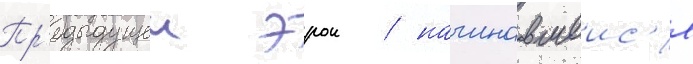
Пр'едыдущеи эрои / начинавшеис'я